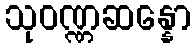
သုဝဏ္ဏဆန္နော